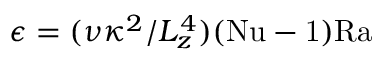
\epsilon = ( \nu \kappa ^ { 2 } / L _ { z } ^ { 4 } ) ( \mathrm { { N u } - 1 ) \mathrm { { R a } } }